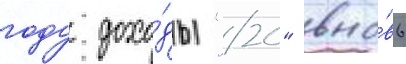
году дохо́ды "20" вно́вь